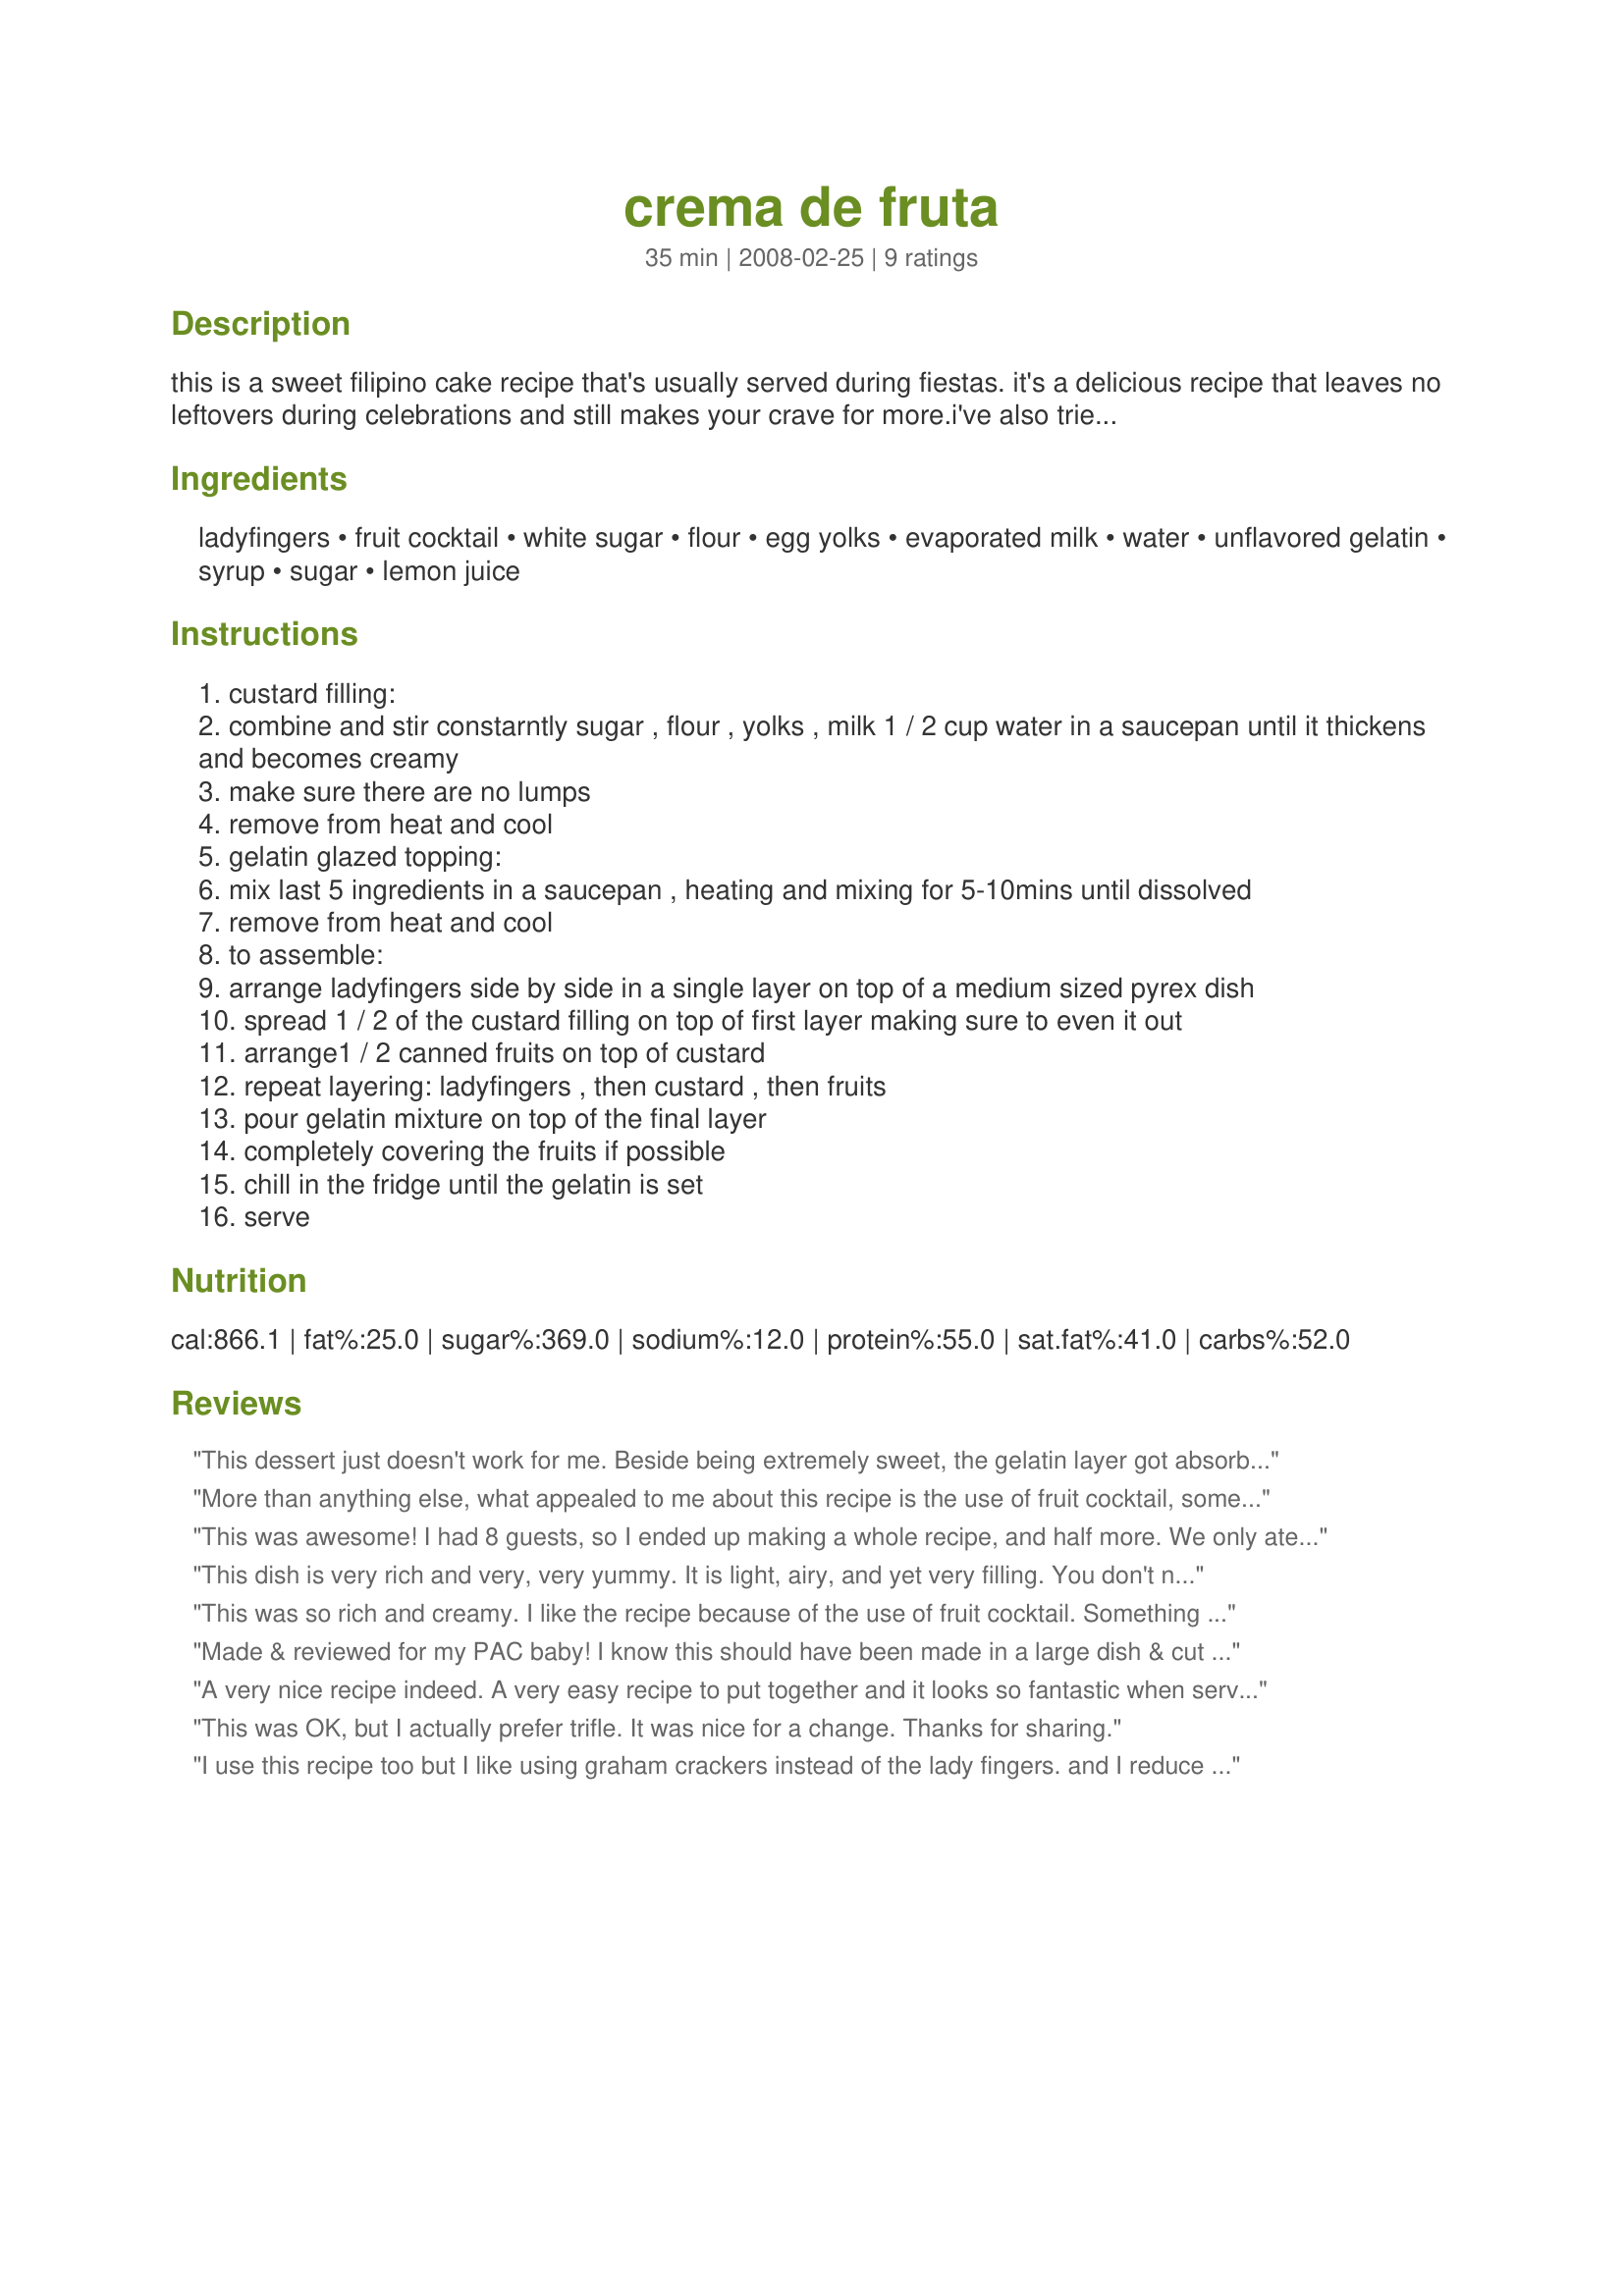
crema de fruta
Preparation time: 35 minutes

this is a sweet filipino cake recipe that's usually served during fiestas. it's a delicious recipe that leaves no leftovers during celebrations and still makes your crave for more.i've also tried substitute sugar here after it's cooked and it's still good. note: recipezaar doesn't make me post properly at the left side the proper amount of ingredients hence i had to put it at the right side. glazed gelatin mixture calls for: 2 packets of unflavored gelatin.

Ingredients:
ladyfingers, fruit cocktail, white sugar, flour, egg yolks, evaporated milk, water, unflavored gelatin, syrup, sugar, lemon juice

Steps:
custard filling:
combine and stir constarntly sugar , flour , yolks , milk 1 / 2 cup water in a saucepan until it thickens and becomes creamy
make sure there are no lumps
remove from heat and cool
gelatin glazed topping:
mix last 5 ingredients in a saucepan , heating and mixing for 5-10mins until dissolved
remove from heat and cool
to assemble:
arrange ladyfingers side by side in a single layer on top of a medium sized pyrex dish
spread 1 / 2 of the custard filling on top of first layer making sure to even it out
arrange1 / 2 canned fruits on top of custard
repeat layering: ladyfingers , then custard , then fruits
pour gelatin mixture on top of the final layer
completely covering the fruits if possible
chill in the fridge until the gelatin is set
serve

Reviews:
This dessert just doesn't work for me. Beside being extremely sweet, the gelatin layer got absorb into the custard/lady finger layers and caused the whole thing to have weird texture.
More than anything else, what appealed to me about this recipe is the use of fruit cocktail, something I REALLY LIKE TO EAT! This was great putting this dessert together, & it was easy, too! I, too, cut the recipe down (in half) & had 2 great-size servings! Thanks for sharing your GREAT TASTING dessert! [Tagged, made & reviewed in 1-2-3 Hit Wonders cooking game]
This was awesome! I had 8 guests, so I ended up making a whole recipe, and half more. We only ate 2/3rds of it, b/c it is very filling. I was confused on the gelatine, b/e one packet was only .25 oz. I must have used a different brand than the author did. I ended up putting 2 oz in. I also couldn't find Fruit Cocktail Syrup. There definitely isn't 1 1/2 cups in a can after you drain it. I ended up buying two cans, just for the juice. It all came out alright, but next time i'll just use tropical flavored Jello mix. It'll save alot of time, and a little money.
This dish is very rich and very, very yummy. It is light, airy, and yet very filling. You don't need a large serving to feel content with this yummy and elegant dessert. It was surprisingly easy to put together too. Thanks for posting this wonderful keeper recipe!
This was so rich and creamy. I like the recipe because of the use of fruit cocktail. Something I eat every week by itself. Now I have a new recipe to use my fruit cocktail with. I made this and shared with my family and everyone just loved it and wanted the recipe for it. Thanks so much for the awesome recipe..
Made & reviewed for my PAC baby! I know this should have been made in a large dish & cut up for serving but it was only DH & I eating so I reduced the recipe & made it in two glasses instead. It was delicious & very simple to make. We found it rich yet still light & I can't wait to make this again in a large dish for guests! Thanks so much Pneuma for another great recipe :)
A very nice recipe indeed. A very easy recipe to put together and it looks so fantastic when serving. I wasnt sure what fruit coktail was, so I used a tropical fruit saIad and also made the custard in my microwave and used a stick blender every so often to blend it, and when custard was quite warm I set the microwave to half power to fisnish the custard and blended again and the custard was perfect (and no lumps!) Everyone loved it here and I have some left for tomorrow, but next time I am going serve with a side of whipped cream! sshhhh!! Wonderful recipe Pneuma, will be making again. Thank You.
This was OK, but I actually prefer trifle. It was nice for a change. Thanks for sharing.
I use this recipe too but I like using graham crackers instead of the lady fingers. and I reduce the amount of sugar so it's not too sweet. Anyway, you can really play with this recipe to suit your taste and it's very easy to make. Looks good, too.
